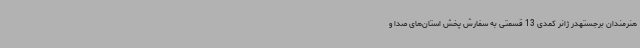
هنرمندان برجستهدر ژانر کمدی 13 قسمتی به سفارش پخش استان‌های صدا و